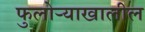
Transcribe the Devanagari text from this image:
फुलोऱ्याखालील